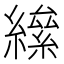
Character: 𦅍